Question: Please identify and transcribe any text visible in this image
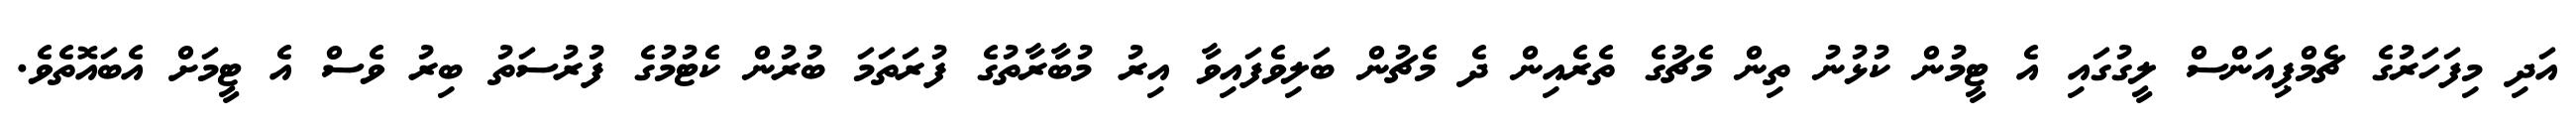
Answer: އަދި މިފަހަރުގެ ޗެމްޕިއަންސް ލީގުގައި އެ ޓީމުން ކުޅުނު ތިން މެޗުގެ ތެރެއިން ދެ މެޗުން ބަލިވެފައިވާ އިރު މުބާރާތުގެ ފުރަތަމަ ބުރުން ކެޓުމުގެ ފުރުސަތު ބިރު ވެސް އެ ޓީމަށް އެބައޮތެވެ.